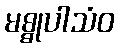
မစ္စုပါသံဝ